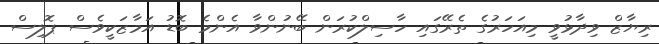
ރިޔާޒް ވިދާޅުވީ މިއަހަރުގެ ތެރޭގައި ހާސިލްކުރަން ބޭނުންވާ އެންމެ ބޮޑު އަމާޒަކީވެސް ޕޮލިސް